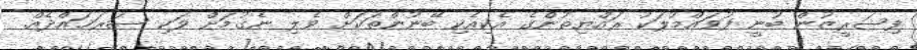
ފިޝަރީޒުން ބުނީ ފުވައްމުލަކު ރައްޔިތުންގެ އެކިއެކި ބޭނުންތަކަށް ވެލި ނެގުމަށް ވަކި ސަރަޙައްދެއް